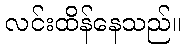
လင်းထိန်နေသည်။